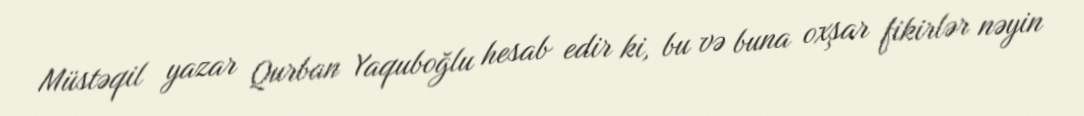
Müstəqil yazar Qurban Yaquboğlu hesab edir ki, bu və buna oxşar fikirlər nəyin